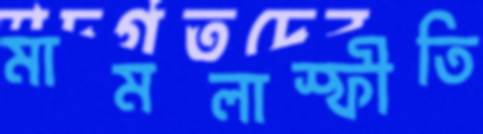
মামলাস্ফীতি